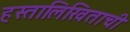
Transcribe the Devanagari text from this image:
हस्तालिखिताची